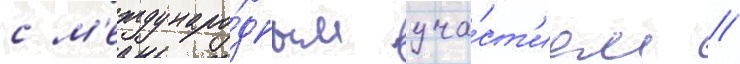
с м'еждунаро́дным уча́ст'ием //